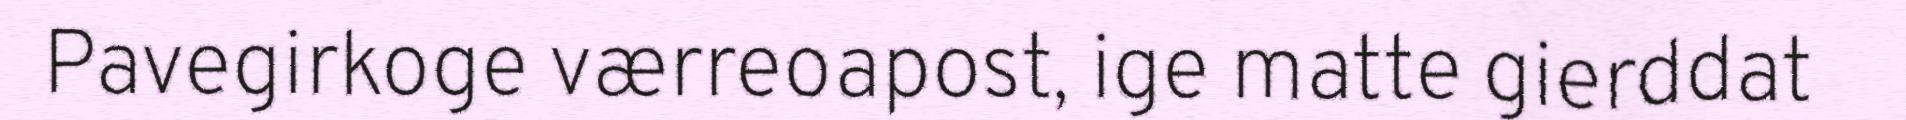
Pavegirkoge værreoapost, ige matte gierddat